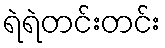
ရဲရဲတင်းတင်း